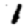
Digit: 1